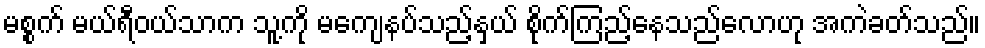
မစ္စက် မယ်ရီဝယ်သာက သူ့ကို မကျေနပ်သည့်နှယ် စိုက်ကြည့်နေသည်လောဟု အကဲခတ်သည်။